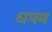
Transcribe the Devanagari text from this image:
धपम